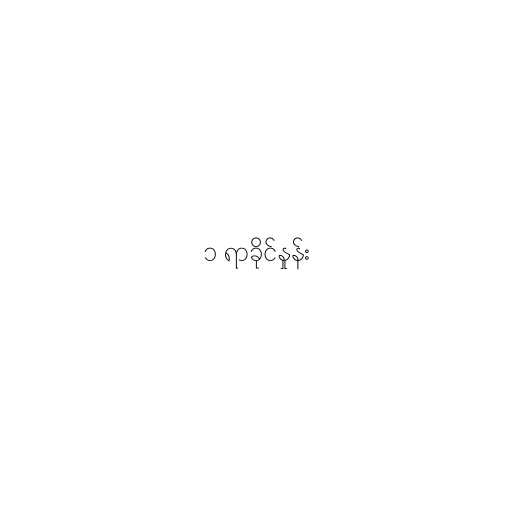
၁ ရာခိုင်နှုန်း